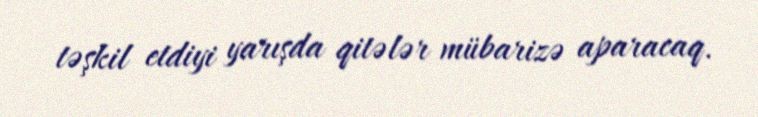
təşkil etdiyi yarışda qitələr mübarizə aparacaq.